NAE_ERA_R-2078_Sihtasutus_Eesti_Kontsert, lk 26
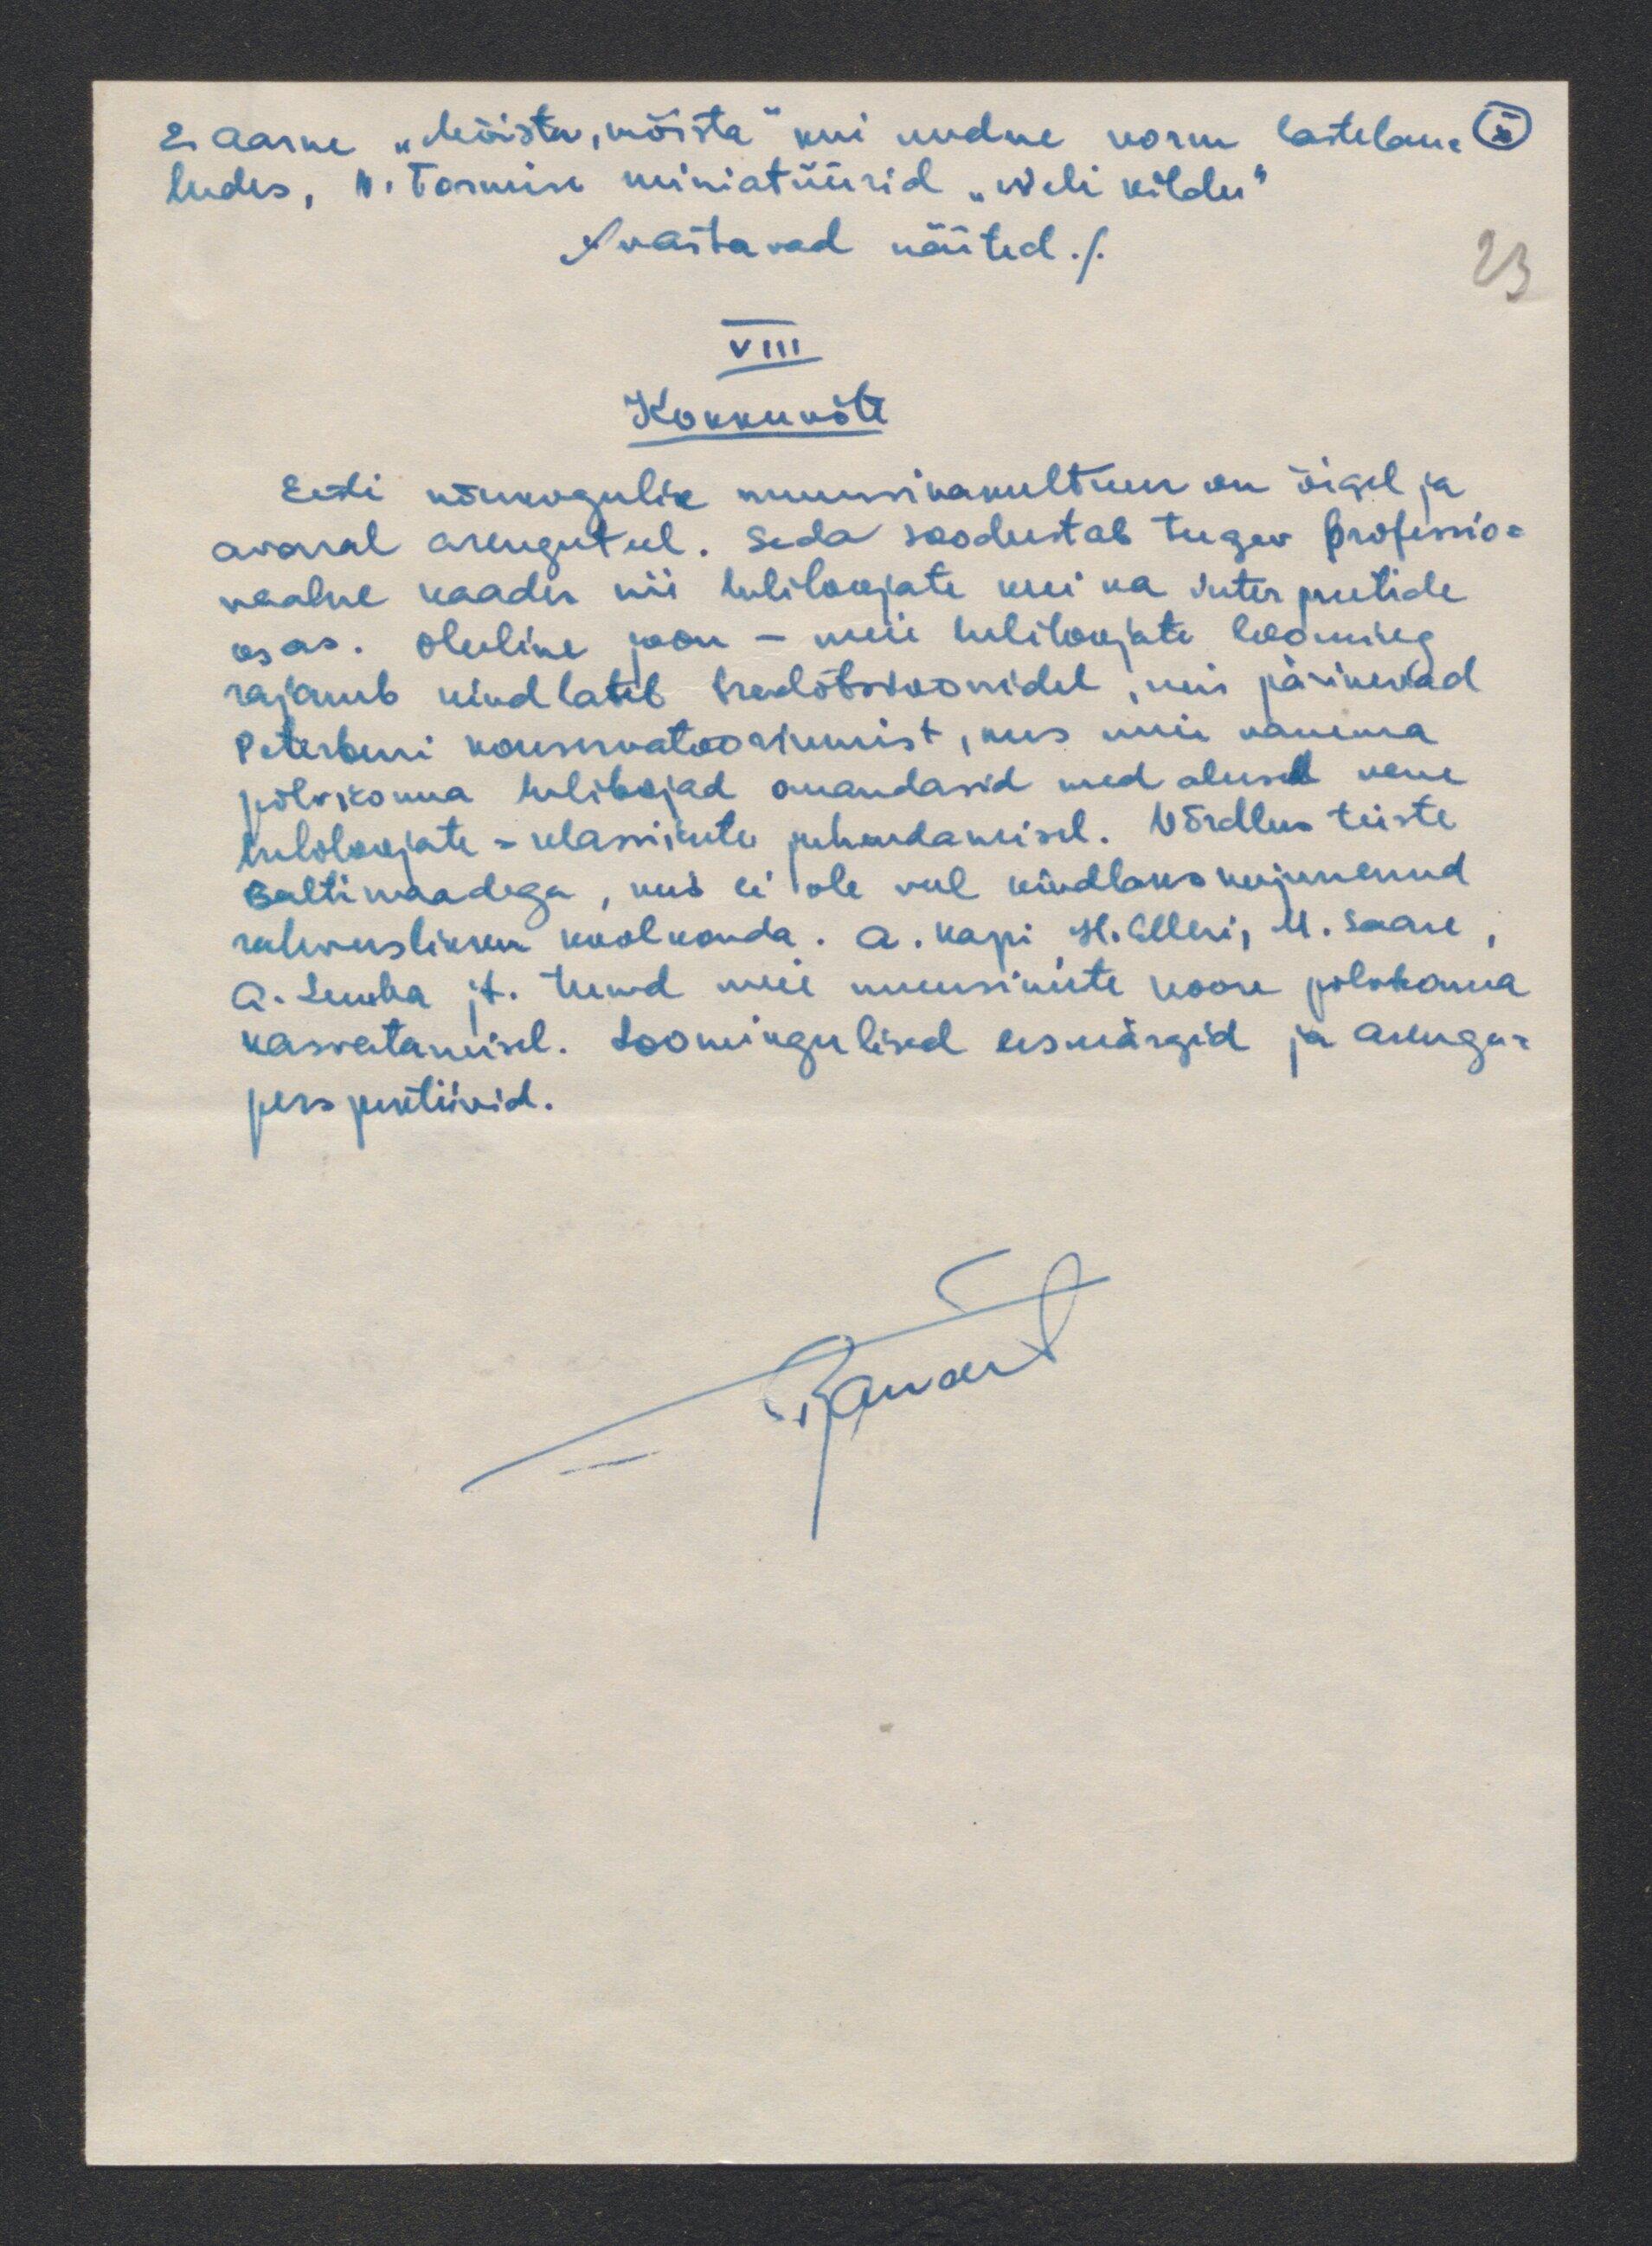
E Aarne "Mõista, mõista" kui uudne vorm lastelau- E)
ludes, V. Tormise miniatuurid "Neli kildu"
./.vastavad näited./.
23
VIII
Kokkuvõte
Eesti nõukogulik muusikakultuur on õigel ja
avaral arenguteel, seda soodustab tugev professio-
naalne kaader nii heliloojate kui ka interpreetide
osas. Oluline joon - meie heliloojate looming
rajaneb kindlatel traditsioonidel, mis pärinevad
Peterburi konservatooriumist, kus meie vanema
põlvkonna heliloojad omandasid need alused vene
heliloojate - klassikute juhendamisel. Võrdlus teiste
Baltimaadega, kus ei ole veel kindlaks kujunenud
rahvuslikku koolkonda. A. Kapi H. Elleri, M. Saare,
A. Luuba jt. teevad meie muusikute noore põlvkonna
kasvatamisel. Loomingulised eesmärgid ja arengu-
perspektiivid.